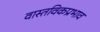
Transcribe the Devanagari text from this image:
वास्तविकप्रभाव